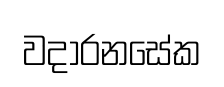
වදාරනසේක